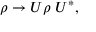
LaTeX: \rho \rightarrow U \rho \; U ^ { * } ,